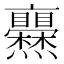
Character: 𤓥